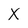
Character: X